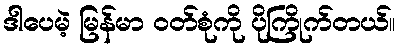
ဒါပေမဲ့ မြန်မာ ဝတ်စုံကို ပိုကြိုက်တယ်။